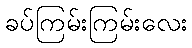
ခပ်ကြမ်းကြမ်းလေး